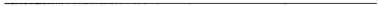
___